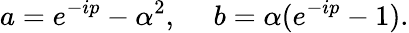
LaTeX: a=e^{-ip}-\alpha^{2},~~~~~b=\alpha(e^{-ip}-1).